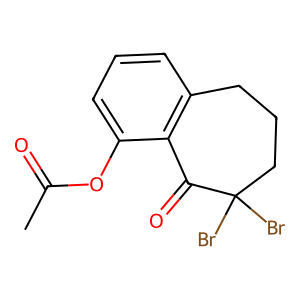
SMILES: CC(=O)Oc1cccc2c1C(=O)C(Br)(Br)CCC2
Inhibits HIV replication: No